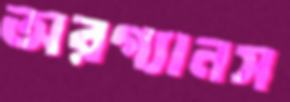
অরগ্যানস